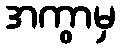
အကွာမှ